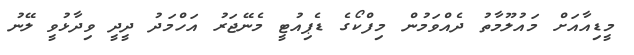
މީޑިއާއަށް މައުލޫމާތު ދެއްވަމުން މިފްކޯގެ ޑެޕިއުޓީ މެނޭޖަރު އަހްމަދު ދީދީ ވިދާޅުވީ ލޭނު